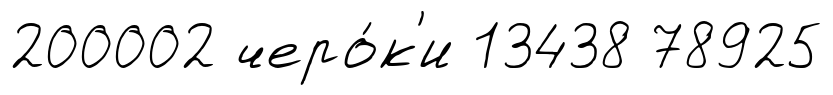
200002 черо́к'и 13438 78925